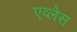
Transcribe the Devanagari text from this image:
एव्लेस